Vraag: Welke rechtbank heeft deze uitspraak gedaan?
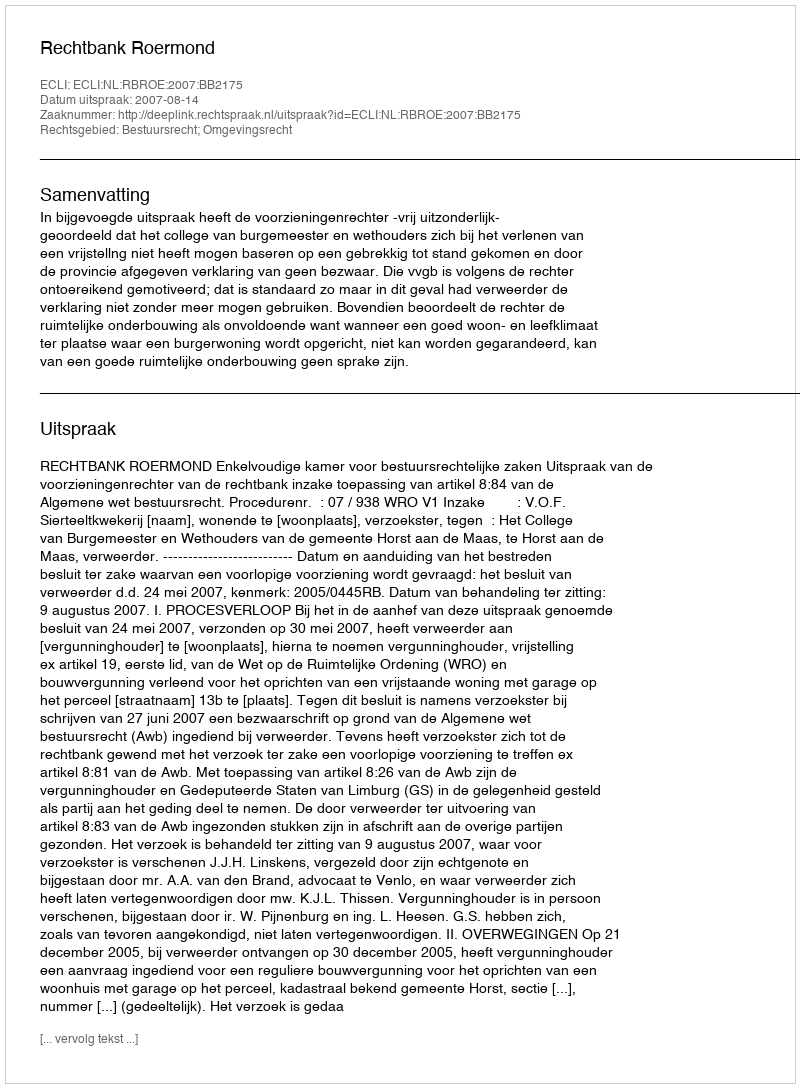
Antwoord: Rechtbank Roermond